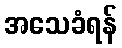
အသေခံရန်